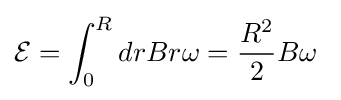
{\mathcal {E}}=\int _{0}^{R}drBr\omega ={\frac {R^{2}}{2}}B\omega \